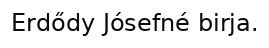
Erdődy Jósefné birja.